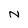
Character: n